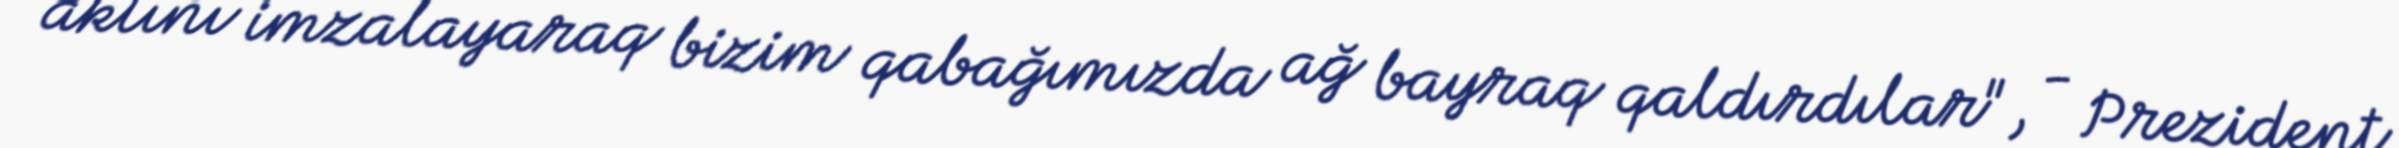
aktını imzalayaraq bizim qabağımızda ağ bayraq qaldırdılar", - Prezident